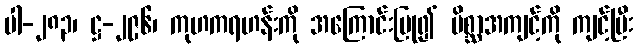
ပါ-၂၈၃၊ ဋ္ဌ-၂၉၆၊ ကုဟကရဟန်းကို အကြောင်းပြု၍ မိစ္ဆာအကျင့်ကို ကျင့်ပြီး